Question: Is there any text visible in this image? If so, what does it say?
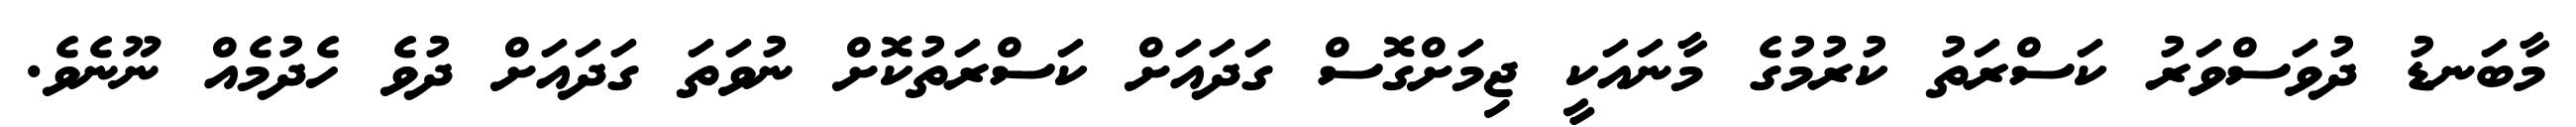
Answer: މާބަނޑު ދުވަސްވަރު ކަސްރަތު ކުރުމުގެ މާނައަކީ ޖިމަށްގޮސް ގަދައަށް ކަސްރަތުކޮށް ނުވަތަ ގަދައަށް ދުވެ ހެދުމެއް ނޫނެވެ.